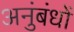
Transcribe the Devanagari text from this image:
अनुंबंधों